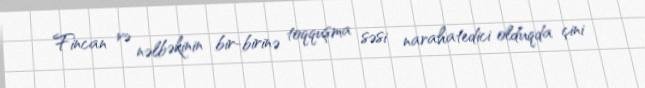
Fincan və nəlbəkinin bir-birinə toqquşma səsi narahatedici olduqda çini